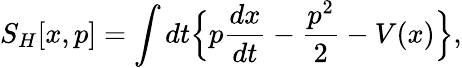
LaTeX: S_{H}[x,p]=\int dt\Big\{ p\frac{dx}{dt}-\frac{p^{2}}{2}-V(x)\Big\} ,